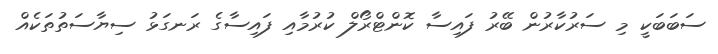
ސަބަބަކީ މި ސަރުކާރުން ބޭރު ފައިސާ ކޮންޓްރޯލް ކުރުމާއި ފައިސާގެ ރަނގަޅު ސިޔާސަތުތަކެއް